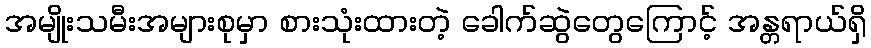
အမျိုးသမီးအများစုမှာ စားသုံးထားတဲ့ ခေါက်ဆွဲတွေကြောင့် အန္တရာယ်ရှိ